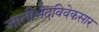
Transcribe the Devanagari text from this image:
जातीभेदविवेकसार